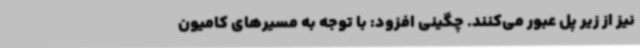
نیز از زیر پل عبور می‌کنند. چگینی افزود: با توجه به مسیرهای کامیون